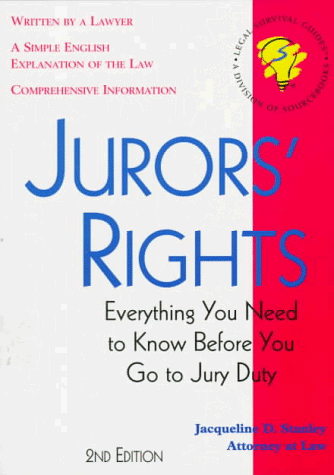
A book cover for Jurors' Rights; Jacqueline D. Stanley; Law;